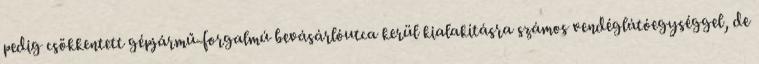
pedig csökkentett gépjármű-forgalmú bevásárlóutca kerül kialakításra számos vendéglátóegységgel, de